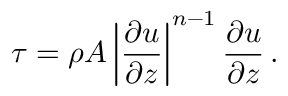
\tau = \rho A \left| \frac { \partial u } { \partial z } \right| ^ { n - 1 } \frac { \partial u } { \partial z } \, .